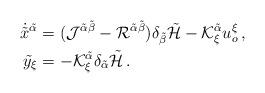
LaTeX: \begin{align*}\dot{\tilde{x}}^{\tilde{\alpha}} & =(\mathcal{J}^{\tilde{\alpha}\tilde{\beta}}-\mathcal{R}^{\tilde{\alpha}\tilde{\beta}})\delta_{\tilde{\beta}}\tilde{\mathcal{H}}-\mathcal{K}_{\xi}^{\tilde{\alpha}}u_{o}^{\xi}\,,\\\tilde{y}_{\xi} & =-\mathcal{K}_{\xi}^{\tilde{\alpha}}\delta_{\tilde{\alpha}}\tilde{\mathcal{H}}\,.\end{align*}